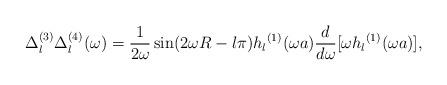
LaTeX: \begin{align*}\Delta_l^{(3)}\Delta_l^{(4)}(\omega)=\frac{1}{2\omega}\sin(2\omega R-l \pi) {h_l}^{(1)}(\omega a){d\over d\omega}[\omega{h_l}^{(1)}(\omega a)],\end{align*}